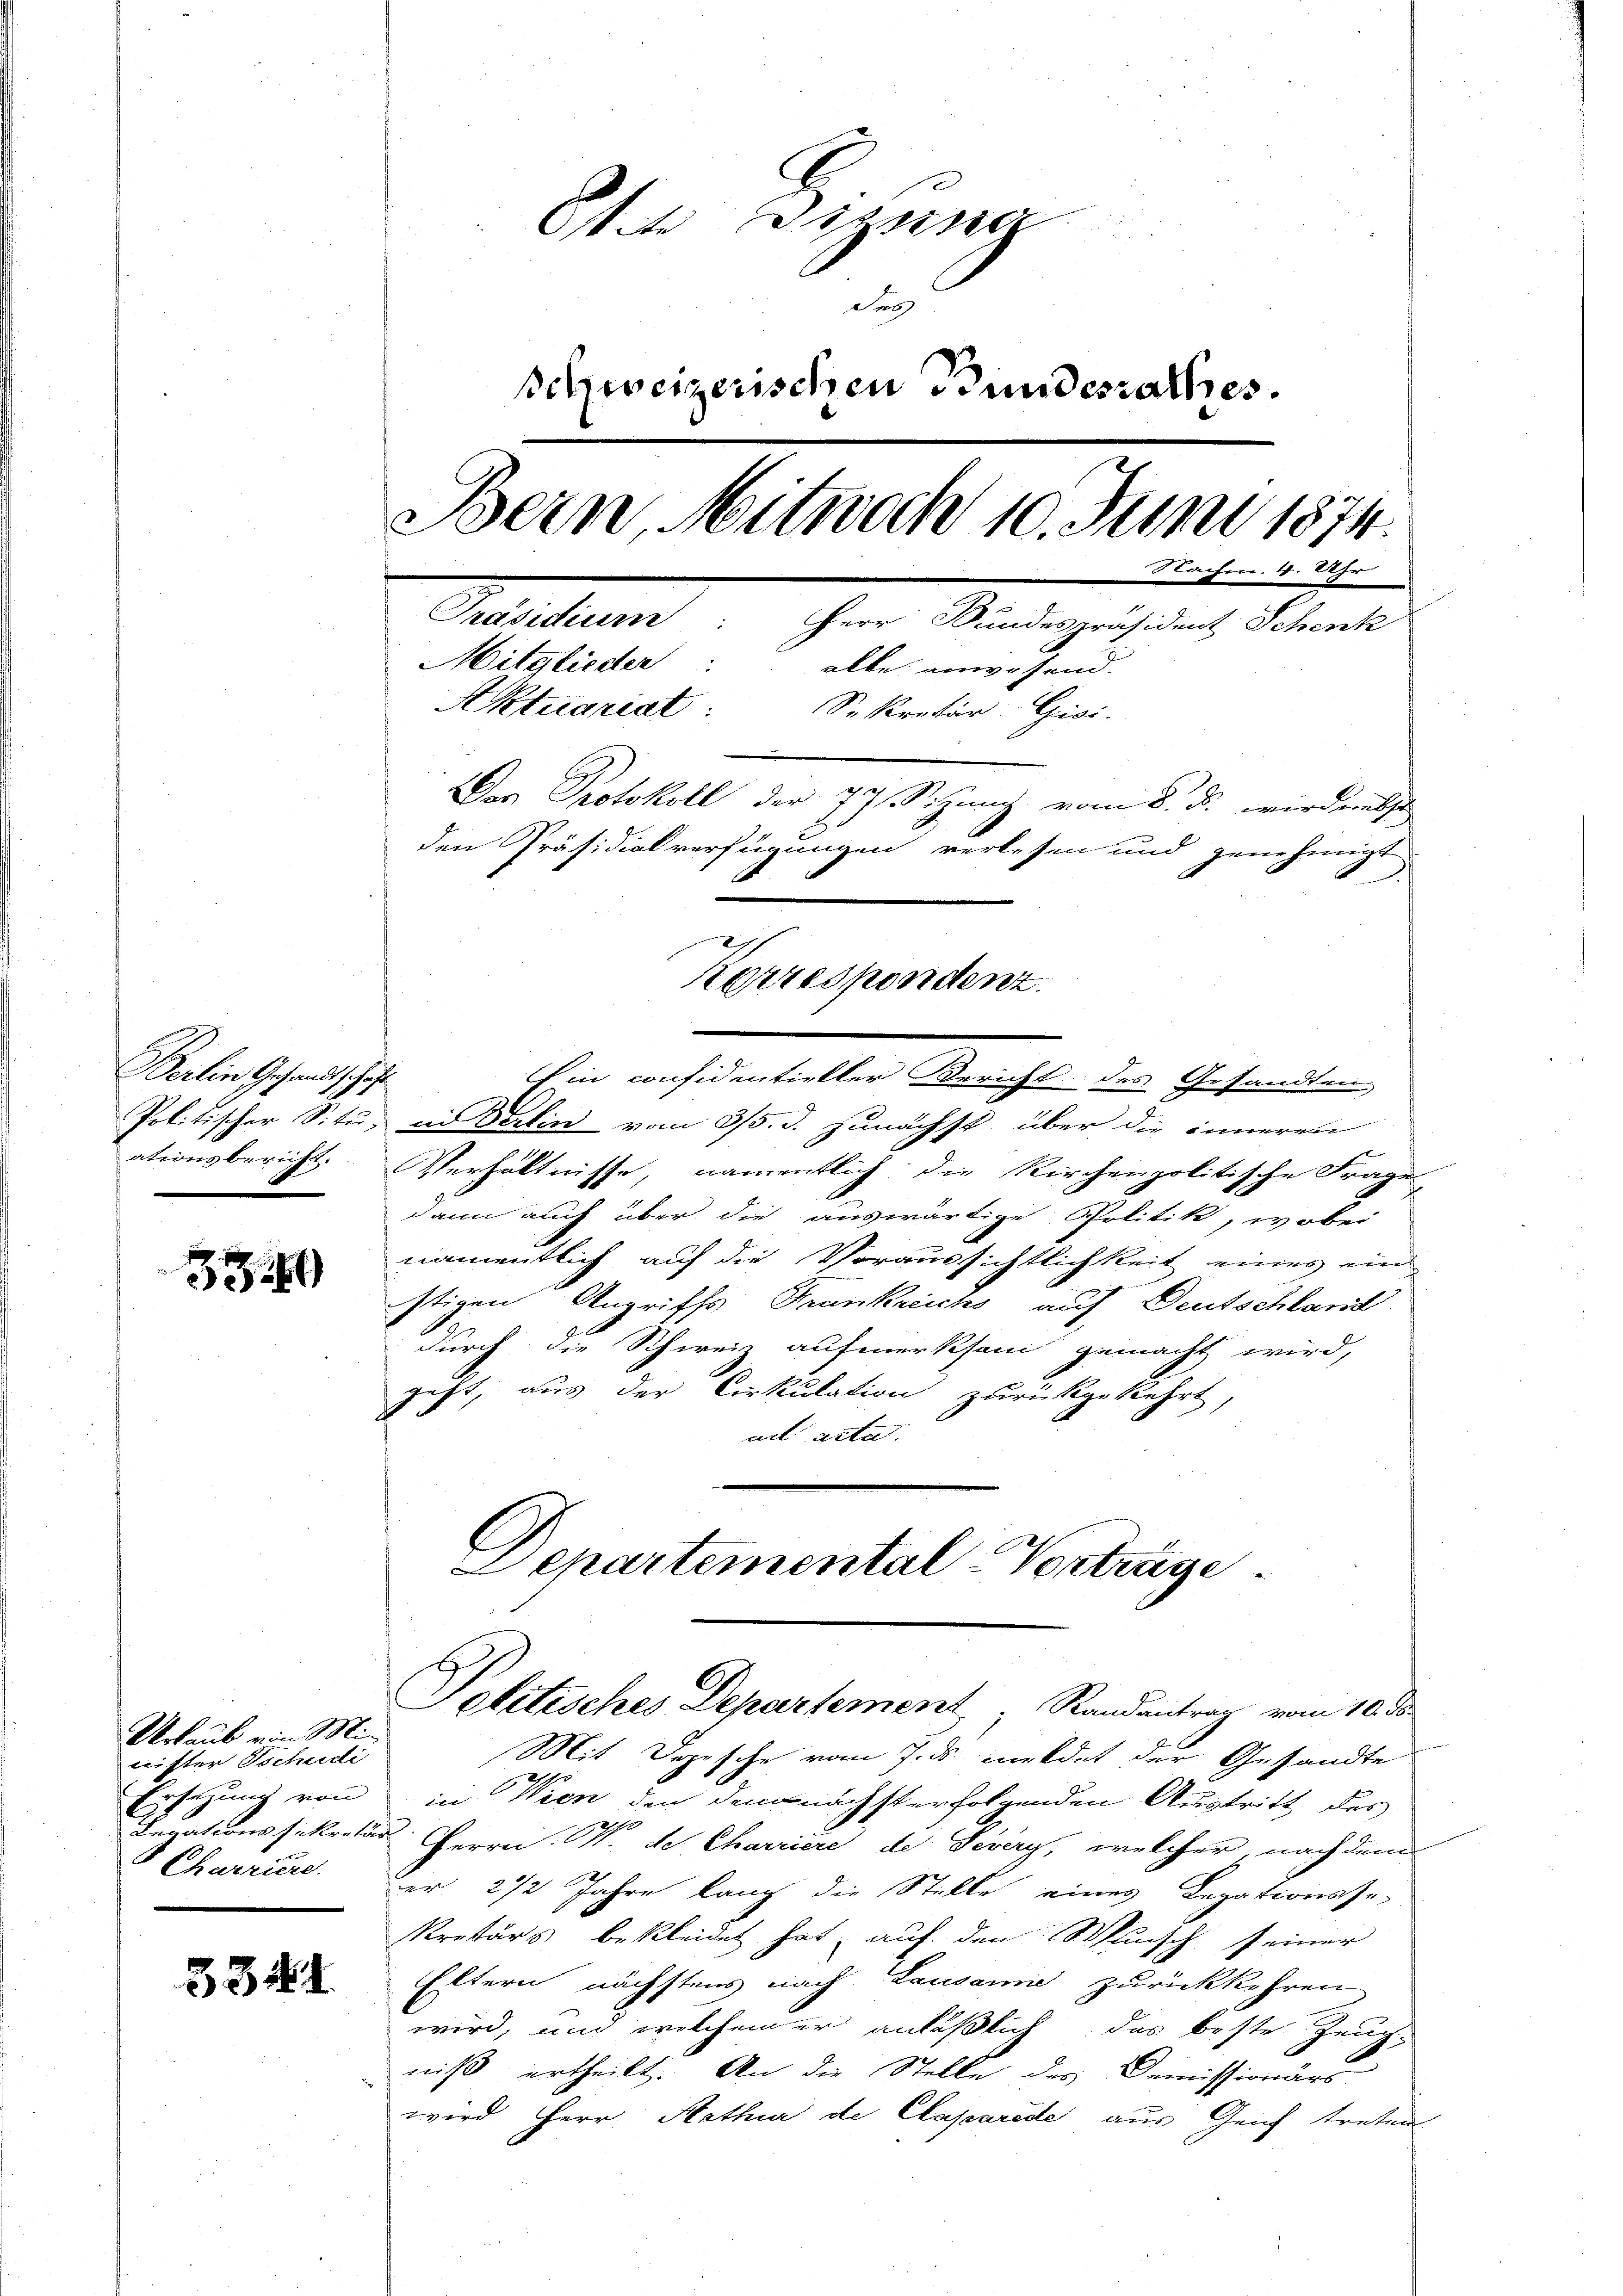
Berlin Gesandtschaf

324

Urlaub ein Minister Tschudi
Ersetzung von
 Charriere.

3341.

Orte Sitzung
Sol
schweizerischen Bundesrathes.
Bern, Mitwoch 10. Juni 1874.
e
Fr. 4. Uhr
Präsidium: Herr Bundespräsident Schenk
Mitglieder
alle anwesend.
Aktuariat Sekretär Gisi-
Das Protokoll der 77 Sitzung vom 8. d. wird entst
den Präsidialverfügungen verlesen und genehmigt
Korrespondenz.

Ein considentieller Bericht des Gesandten
Politischer Situ, in Berlin vom 3/5. d. zunächst über die inneren
ationsbericht. Verhältnisse, namentlich die Kirchenpolitische Frage
dann auch über die auswärtige Politik, wobei
namentlich auf die Voraussichtlichkeit eines ein
stigen Angriffs Krankreichs auf Deutschland
2 E
durch die Schweiz aufmerksam gemacht wird,
geht, aus der Cirkulation zurückgekehrt,
ait acta.
Departemental-Vorträge

Politisches Departement, Randantrag vom 10. d.

Mit Depesche vom 7. ds. meldet der Gesandte
in Wien den demnächst erfolgenden Austritt des
Figationssekretär Herr W. de Charriere de Severy, welcher, nach dem
er 2 1/2 Jahre lang die Stelle eines Legationsse-
Kretärs bekleidet hat, auf den Wunsch seiner
Eltern nächstens nach Lausanne zurückkehren
wird, und welchem er anläßlich das beste Zeugniß ertheilt. An die Stelle des Demissionärs
wird Herr Arthur de Caparode aus Genf treten